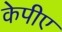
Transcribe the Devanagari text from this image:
केपीए